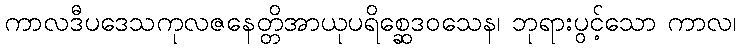
ကာလဒီပဒေသကုလဇနေတ္တိအာယုပရိစ္ဆေဒဝသေန၊ ဘုရားပွင့်သော ကာလ၊